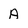
Character: A